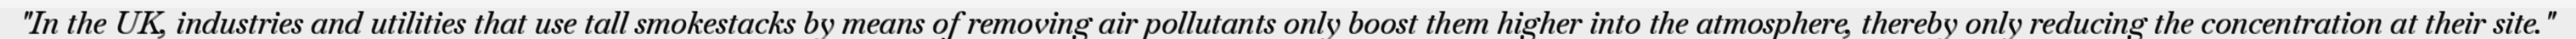
"In the UK, industries and utilities that use tall smokestacks by means of removing air pollutants only boost them higher into the atmosphere, thereby only reducing the concentration at their site."